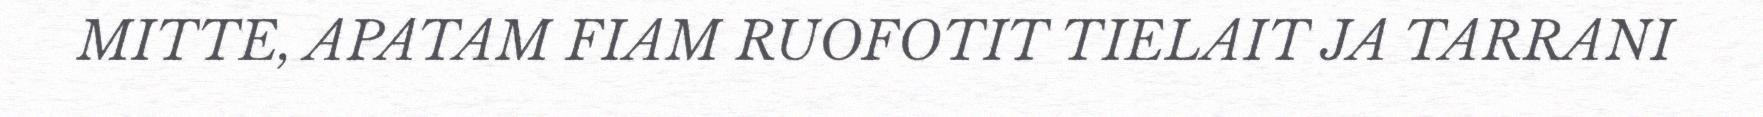
MITTE, APATAM FIAM RUOFOTIT TIELAIT JA TARRANI